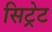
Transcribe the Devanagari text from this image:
सिट्रेट